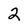
Character: 2